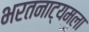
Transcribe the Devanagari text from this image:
भरतनाट्यमला